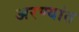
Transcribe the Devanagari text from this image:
अरण्यांत